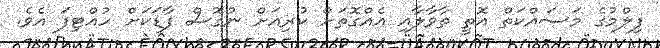
ފިލްމުގެ މަސައްކަތް އޮތީ ތާވާލާއި އެއްގޮތަށް ކުރިއަށް ނުގޮސް ފާޑަކަށް ހުއްޓިފަ އެވެ.